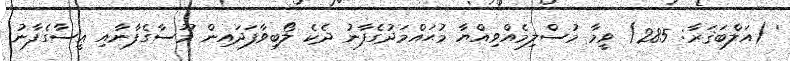
' (އަލްބަޤަރާ: 285) ވީމާ މުސްލިމެއްވިއްޔާ މުޙައްމަދުގެފާނު ދެކެ ލޯބިވާފަދައިން މޫސާގެފާނާއި ޢީސާގެފާނު